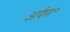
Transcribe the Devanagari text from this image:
अर्पण॰